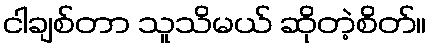
ငါချစ်တာ သူသိမယ် ဆိုတဲ့စိတ်။